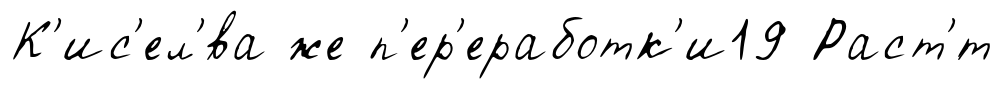
К'ис'ел'́ва же п'ер'еработк'и19 Раст'́т